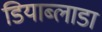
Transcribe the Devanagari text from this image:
डियाब्लाडा